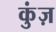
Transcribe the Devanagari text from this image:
कुंज़